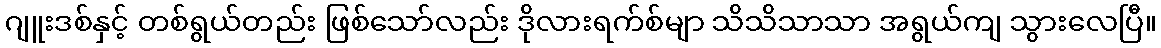
ဂျူးဒစ်နှင့် တစ်ရွယ်တည်း ဖြစ်သော်လည်း ဒိုလားရက်စ်မျာ သိသိသာသာ အရွယ်ကျ သွားလေပြီ။